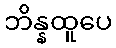
ဘိန္နထူပေ